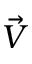
\vec { V }